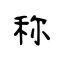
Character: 称